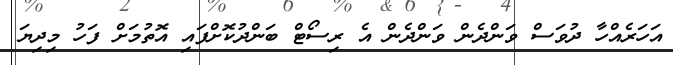
އަހަރެއްހާ ދުވަސް ވަންދެން ވަންދެން އެ ރިސޯޓް ބަންދުކޮށްފައި އޮތުމަށް ފަހު މިދިޔަ